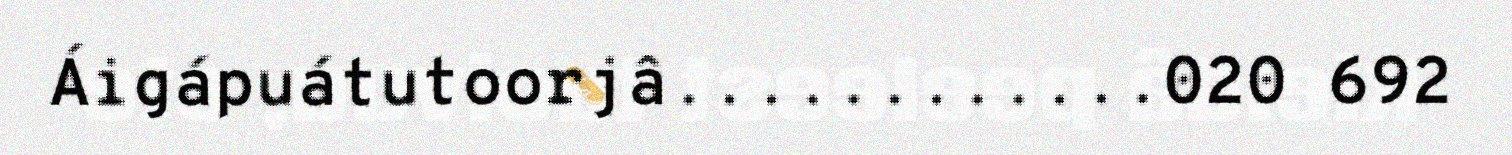
Áigápuátutoorjâ............020 692